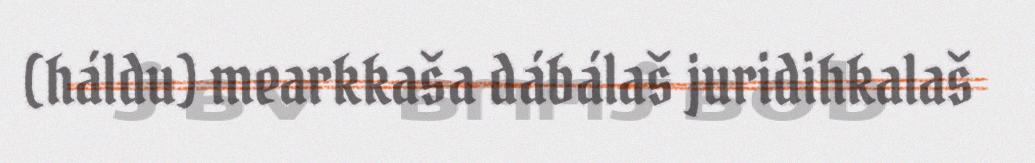
(háldu) mearkkaša dábálaš juridihkalaš